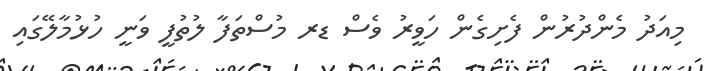
މިއަދު މެންދުރުން ފެށިގެން ހަވީރު ވެސް ޑރ މުސްތަފާ ލުތުފީ ވަނީ ހުޅުމާލޭގައި